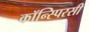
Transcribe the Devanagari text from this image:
कॉन्स्पिरसी